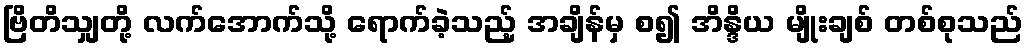
ဗြိတိသျှတို့ လက်အောက်သို့ ရောက်ခဲ့သည့် အချိန်မှ စ၍ အိန္ဒိယ မျိုးချစ် တစ်စုသည်